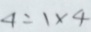
4 = 1 \times 4